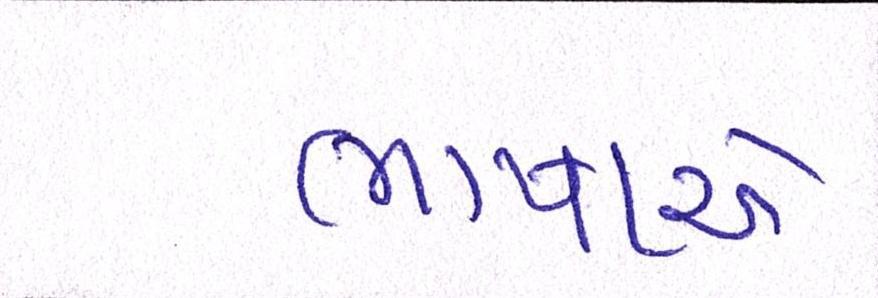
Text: ભાષાએ